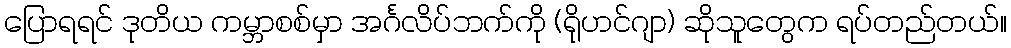
ပြောရရင် ဒုတိယ ကမ္ဘာစစ်မှာ အင်္ဂလိပ်ဘက်ကို (ရိုဟင်ဂျာ) ဆိုသူတွေက ရပ်တည်တယ်။